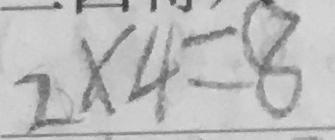
2 \times 4 = 8